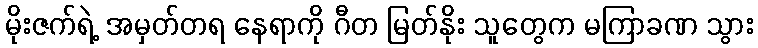
မိုးဇက်ရဲ့ အမှတ်တရ နေရာကို ဂီတ မြတ်နိုး သူတွေက မကြာခဏ သွား